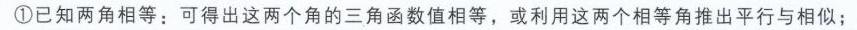
\textcircled{1}已知两角相等：可得出这两个角的三角函数值相等，或利用这两个相等角推出平行与相似；